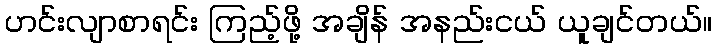
ဟင်းလျာစာရင်း ကြည့်ဖို့ အချိန် အနည်းငယ် ယူချင်တယ်။